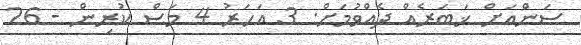
ސަންއަށް ޚަބަރެއް ދެއްވުމަށް: 3 އަހަރު 4 މަސް ކުރިން - 26